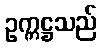
ဥက္ကဋ္ဌသည်